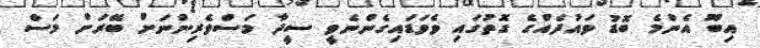
އިބޫ އެންމެ ބޮޑު ވައުދެއްގެ ގޮތުގައި ވެވަޑައިގެންނެވީ ސީދާ މަސްވެރިންނަށް ބޭރަށް މަސް